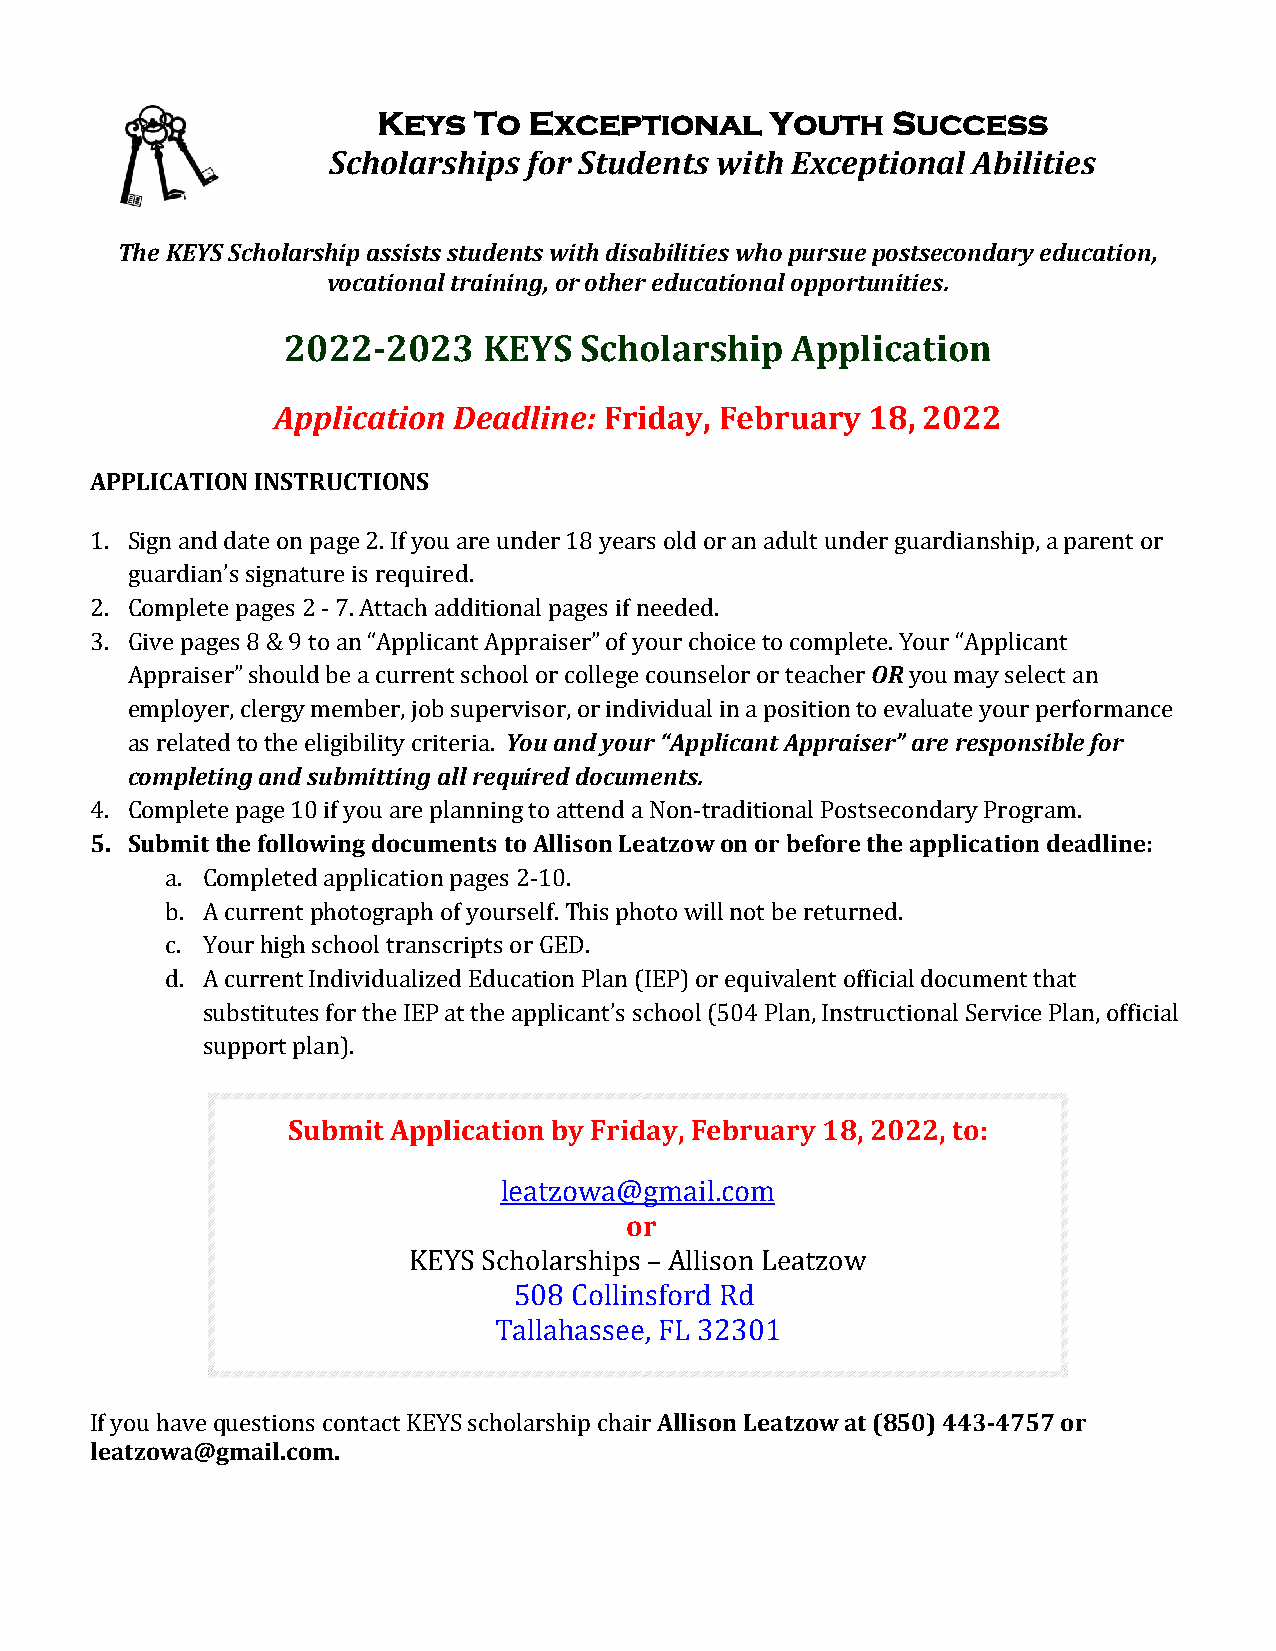
Keys  To  Exceptional     Youth   Success
 Scholarships for Students with Exceptional Abilities
 The KEYS Scholarship assists students with disabilities who pursue postsecondary education,
 vocational training, or other educational opportunities.
 2022-2023    KEYS  Scholarship   Application
 Application Deadline: Friday, February 18, 2022
 APPLICATION INSTRUCTIONS
 1. Sign and date on page 2. If you are under 18 years old or an adult under guardianship, a parent or
 guardian’s signature is required.
 2. Complete pages 2 - 7. Attach additional pages if needed.
 OR
 3. Give pages 8 & 9 to an “Applicant Appraiser” of your choice to complete. Your “Applicant
 Appraiser” should be a current school or college counselor or teacher you may select an
 You and your “Applicant Appraiser” are responsible for
 employer, clergy member, job supervisor, or individual in a position to evaluate your performance
 completing and submitting all required documents.
 as related to the eligibility criteria.
 5. Submit the following documents to Allison Leatzow on or before the application deadline:
 4. Complete page 10 if you are planning to attend a Non-traditional Postsecondary Program.
 a. Completed application pages 2-10.
 b. A current photograph of yourself. This photo will not be returned.
 c. Your high school transcripts or GED.
 d. A current Individualized Education Plan (IEP) or equivalent official document that
 substitutes for the IEP at the applicant’s school (504 Plan, Instructional Service Plan, official
 support plan).
 Submit Application by Friday, February 18, 2022, to:
 or
 leatzowa@gmail.com
 KEYS Scholarships – Allison Leatzow
 508 Collinsford Rd
 Tallahassee , FL 32301
 Allison Leatzowat (850) 443-4757 or
 leatzow a@gmail.com.
 I f you have questions contact KEYS scholarship chair